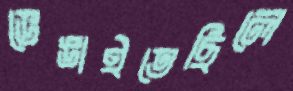
ভেঙাইতেছিলে